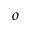
o